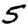
Digit: 5